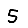
Digit: 5